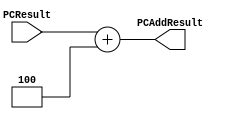
`timescale 1ns / 1ps

////////////////////////////////////////////////////////////////////////////////
// ECE369 - Computer Architecture
// Name: Andrew Camps
// Module - PCAdder.v
// Description - 32-Bit program counter (PC) adder.
// 
// INPUTS:-
// PCResult: 32-Bit input port.
// 
// OUTPUTS:-
// PCAddResult: 32-Bit output port.
//
// FUNCTIONALITY:-
// Design an incrementor (or a hard-wired ADD ALU whose first input is from the 
// PC, and whose second input is a hard-wired 4) that computes the current 
// PC + 4. The result should always be an increment of the signal 'PCResult' by 
// 4 (i.e., PCAddResult = PCResult + 4).
////////////////////////////////////////////////////////////////////////////////

module PCAdder(PCResult, PCAddResult);

    input [31:0] PCResult;

    output [31:0] PCAddResult;

    reg [31:0] PCAddResult;
    
    always @(PCResult) begin
        
        PCAddResult <= PCResult + 'd4;
    
    end

endmodule